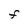
Character: F